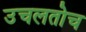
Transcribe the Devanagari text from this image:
उचलतोच